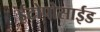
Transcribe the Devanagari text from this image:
ईटोपोसाईड